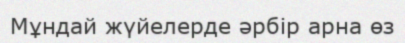
Мұндай жүйелерде әрбір арна өз